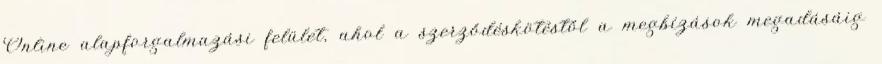
Online alapforgalmazási felület, ahol a szerződéskötéstől a megbízások megadásáig